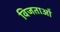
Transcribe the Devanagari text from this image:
विजताओं